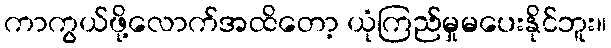
ကာကွယ်ဖို့လောက်အထိတော့ ယုံကြည်မှုမပေးနိုင်ဘူး။